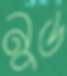
নুড